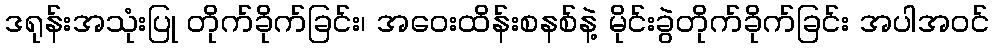
ဒရုန်းအသုံးပြု တိုက်ခိုက်ခြင်း၊ အဝေးထိန်းစနစ်နဲ့ မိုင်းခွဲတိုက်ခိုက်ခြင်း အပါအဝင်